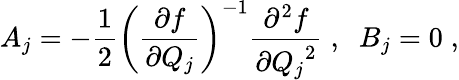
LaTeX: A_{j}=-\frac{1}{2}\left(\frac{\partial f}{\partial Q_{j}}\right)^{-1}\frac{\partial^{2}f}{\partial{Q_{j}}^{2}}\; ,\; \; B_{j}=0\; ,